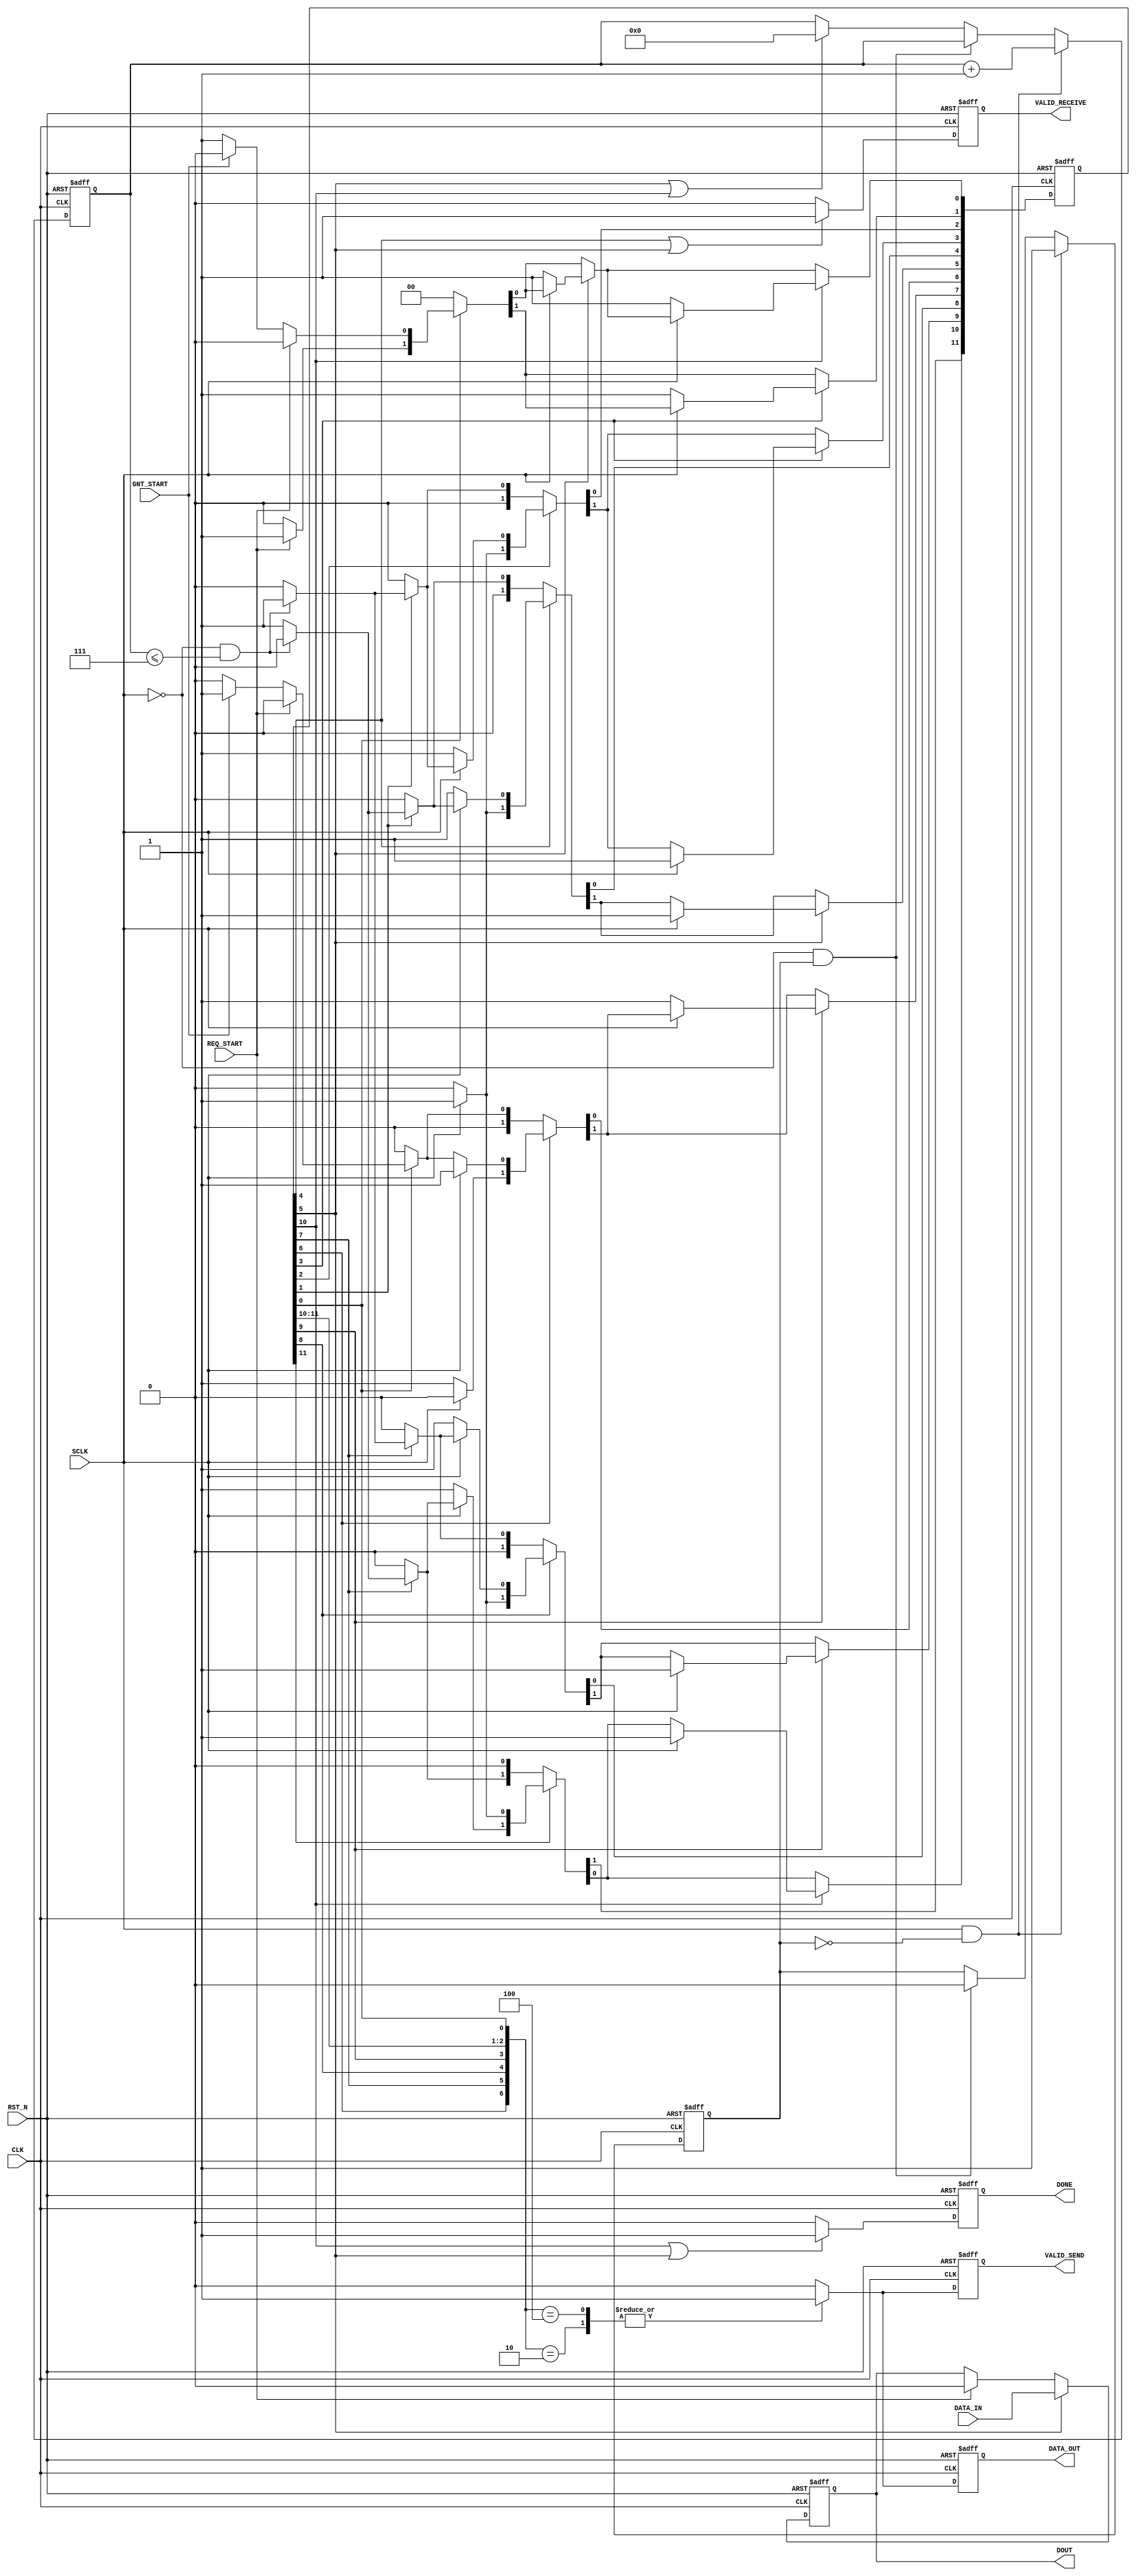
//#######################################################################
//#
//#	Copyright 	Earth People Technology Inc. 2014
//#
//#
//# File Name:  i2c_ack_model.v
//# Author:     Earth People Technology
//# Date:       December 20, 2014
//# Revision:   A
//#
//# Development: EPT I2C Slave Project 
//# Application: Altera Cyclone IV FPGA
//# Description: This file contains verilog code which will allow access
//#              to Active Transfer Library. 
//#               
//#              
//#
//#************************************************************************
//#
//# Revision History:	
//#			DATE		VERSION		DETAILS		
//#			12/20/14 	1			Created
//#
//#									
//#
//#######################################################################
//`include "fpga_defs.v"

`resetall
`timescale 1ns/10ps
module i2c_ack_model
  (
    input  wire                 CLK,
    input  wire                 RST_N,

    input  wire                 GNT_START,
    input  wire                 REQ_START,
	output  reg                 VALID_SEND,
	output  reg                 VALID_RECEIVE,
 
    input  wire                 DATA_IN,
    output  reg                 DOUT,
    output  reg                 DATA_OUT,
    output  reg                 DONE,
    input   wire                SCLK 
   
	
   );

   //----------------------------------------------
   // Parameter Declarations
   //----------------------------------------------
   parameter 	IDLE                     = 0,
			RECEIVE_ACK			         = 1,
			RECEIVE_ACK_LO               = 2,
			RECEIVE_ACK_HI               = 3,
			READ_ACK                     = 4,
			RECEIVE_ACK_COMPLETE         = 5,
			SEND_ACK                     = 6,
			WRITE_ACK                    = 7,
			SEND_ACK_LO                  = 8,
			SEND_ACK_HI                  = 9,
			SEND_ACK_COMPLETE            = 10,
			SEND_ACK_DELAY               = 11;
   
   //------------------------------------------------
   // Wire and Register Declarations                
   //------------------------------------------------
	reg	[4:0]					bit_count;
	reg                         bit_count_reg;
  
	reg	[11:0]					state, next;

	// sclk_reg to determine value of the output SCLK
	wire	[11:0]				sclk_reg;

	// sdata_reg_reg to determine value of the output DATA_OUT
	wire	[11:0]				sdata_reg;
   

`ifdef SIM
   reg [8*20:1] state_name;
`endif

   //------------------------------------------------
   //	Assignments   
   //------------------------------------------------

	assign	sdata_reg = {state[SEND_ACK] , state[WRITE_ACK] , state[SEND_ACK_LO] , 
	                     state[SEND_ACK_HI] , state[SEND_ACK_DELAY] , state[SEND_ACK_COMPLETE] ,
						 state[IDLE]};

   //------------------------------------------------
   // Create a DATA_OUT output that goes low when 
   // when the ack unit is accessed. Otherwise,
   // DATA_OUT signal to a high.
   //------------------------------------------------
	always @(posedge CLK or negedge RST_N)
 	begin
		if (!RST_N)
		begin
			DATA_OUT <= 1'b0;
			VALID_SEND <= 1'b0;
        end
		else
		begin
			case ( sdata_reg )
			12'b000000000001:
			begin
				DATA_OUT <= 1'b0; //state[IDLE]
			    VALID_SEND <= 1'b0;
		    end
			12'b000000000010:
			begin
				DATA_OUT <= 1'b1;//state[SEND_ACK_COMPLETE] 
			    VALID_SEND <= 1'b1;
		    end
			12'b000000000100:
			begin
				DATA_OUT <= 1'b1;//state[SEND_ACK_DELAY] 
			    VALID_SEND <= 1'b1;
		    end
			12'b000100000000:
			begin
				DATA_OUT <= 1'b0;//state[SEND_ACK_HI] 
			    VALID_SEND <= 1'b0;
		    end
			12'b001000000000:
			begin
				DATA_OUT <= 1'b0;//state[SEND_ACK_LO] 
			    VALID_SEND <= 1'b0;
		    end
			12'b010000000000:
			begin
				DATA_OUT <= 1'b0;//state[WRITE_ACK] , 
			    VALID_SEND <= 1'b0;
		    end
			12'b100000000000:
			begin
				DATA_OUT <= 1'b0;//state[SEND_ACK] 
			    VALID_SEND <= 1'b0;
		    end
			default: 
			begin
				DATA_OUT <= 1'b0;//
			    VALID_SEND <= 1'b0;
		    end
			endcase
		end
	end // always @ (posedge CLK or negedge RST_N)

   //------------------------------------------------
   // VALID_REVEIVE register to indicate when the ack
   // unit is checking the received ack bit
   //------------------------------------------------
	always @(posedge CLK or negedge RST_N)
	begin
		if (!RST_N)
			VALID_RECEIVE <= 0;
	else
	begin
		if ( state[READ_ACK] || state[RECEIVE_ACK_COMPLETE] )
			VALID_RECEIVE <= 1;
	  else
	     VALID_RECEIVE <= 0;
	end
	end // always @ (posedge CLK or negedge RST_N)

	
   //------------------------------------------------
   // Create a DONE Signal when the byte has been transmitted
   //------------------------------------------------
	always @(posedge CLK or negedge RST_N)
	begin
		if (!RST_N)
			DONE <= 0;
	else
	begin
		if ( state[SEND_ACK_COMPLETE] || state[RECEIVE_ACK_COMPLETE] )
			DONE <= 1;
	  else
	     DONE <= 0;
	end
	end // always @ (posedge CLK or negedge RST_N)

   //------------------------------------------------
   // Increment the bit_count. Maintains the number of bits sent
   // on the assertion of SCLK
   //------------------------------------------------
   always @(posedge CLK or negedge RST_N)
     begin
	if (!RST_N)
	begin
       bit_count <= 0;
       bit_count_reg <= 1'b0;
	end
	else
	  begin
	     if(SCLK & !bit_count_reg)
		 begin
	       bit_count <= bit_count + 1;
		   bit_count_reg <= 1'b1;
		 end
	     else if(!SCLK & bit_count_reg)
		   bit_count_reg <= 1'b0;
		 else if(state[RECEIVE_ACK_COMPLETE] | state[SEND_ACK_COMPLETE])
	       bit_count <= 0;
	  end
     end 
  
   //------------------------------------------------
   // Read Ack Bit
   //------------------------------------------------
   always @(posedge CLK or negedge RST_N)
     begin
	if (!RST_N)
	  DOUT <= 1'b0;
	else
	  begin
	     if ( state[RECEIVE_ACK_COMPLETE] )
	       begin
             DOUT <= DATA_IN;
	       end
	     else if(REQ_START)
	       DOUT <= 1'b0;
	  end // else: !if(!RST_N)
     end // always @ (posedge CLK or negedge RST_N)     
	  
//--------------------------------------------------
// Finite State Machine
//
//parameter 	IDLE                     = 0,
//			RECEIVE_ACK                  = 1,
//			RECEIVE_ACK_LO               = 2,
//			RECEIVE_ACK_HI               = 3,
//			READ_ACK                     = 4,
//			RECEIVE_ACK_COMPLETE         = 5,
//			SEND_ACK                     = 6,
//			WRITE_ACK                    = 7,
//			SEND_ACK_LO                  = 8,
//			SEND_ACK_HI                  = 9,
//			SEND_ACK_COMPLETE            = 10;
//
//--------------------------------------------------  
// Next State Logic
   always @(posedge CLK or negedge RST_N)
     begin
	if (!RST_N)
	  begin
	     state <= 7'h00;
	     state[IDLE] <= 1'b1;
	  end
	else
	  state <= next;
     end

   always @ ( bit_count or DATA_IN or state or
			GNT_START or REQ_START or SCLK)
     begin
	next = 7'h00;

	if (state[IDLE])
	  begin
		if ( REQ_START )
			next[RECEIVE_ACK] = 1'b1;
		else if ( GNT_START )
			next[SEND_ACK] = 1'b1;
		else
			next[IDLE] = 1'b1;
	  end

	if (state[RECEIVE_ACK])
	begin
	   if(!SCLK & (bit_count <= 8'h7))
	      next[RECEIVE_ACK_LO] = 1'b1;
       else
	      next[READ_ACK] = 1'b1;
	end

	if (state[RECEIVE_ACK_LO])
	begin
	   if(SCLK)
          next[RECEIVE_ACK_HI] = 1'b1;	
       else
	      next[RECEIVE_ACK_LO] = 1'b1;
	end

	if (state[RECEIVE_ACK_HI])
	begin
	   if(!SCLK)
	       next[RECEIVE_ACK] = 1'b1;
       else
	      next[RECEIVE_ACK_HI] = 1'b1;
	end
 
	if (state[READ_ACK])
	begin
		if (SCLK)
			next[RECEIVE_ACK_COMPLETE] = 1'b1;
	     else
			next[READ_ACK] = 1'b1;
	end

	if (state[RECEIVE_ACK_COMPLETE]) 
	begin
		if (!SCLK)
            next[IDLE] = 1'b1;
	     else
			next[RECEIVE_ACK_COMPLETE] = 1'b1;
	end

	if (state[SEND_ACK])
	begin
	   if(!SCLK)
          next[WRITE_ACK] = 1'b1;
       else
          next[SEND_ACK] = 1'b1;
	end

	if (state[WRITE_ACK])
	begin
	   if(!SCLK & (bit_count <= 8'h7))
          next[SEND_ACK_LO] = 1'b1;	
       else
	      next[SEND_ACK_DELAY] = 1'b1;
	end

	if (state[SEND_ACK_LO])
	begin
	   if(SCLK)
          next[SEND_ACK_HI] = 1'b1;	
       else
          next[SEND_ACK_LO] = 1'b1;
	end

	if (state[SEND_ACK_HI])
	begin
	   if(!SCLK)
          next[WRITE_ACK] = 1'b1;	
       else
          next[SEND_ACK_HI] = 1'b1;
	end

	if (state[SEND_ACK_DELAY])
	begin
		if(SCLK)
			next[SEND_ACK_COMPLETE] = 1'b1;
		else
			next[SEND_ACK_DELAY] = 1'b1;			
	end
	
	if (state[SEND_ACK_COMPLETE])
	begin
		if( !SCLK)
			next[IDLE] = 1'b1;
		else
			next[SEND_ACK_COMPLETE] = 1'b1;			
	end


`ifdef SIM
	if (state == (1 << IDLE))
	  state_name = "IDLE";
	else if (state == (1 << RECEIVE_ACK))
	  state_name = "RECEIVE_ACK";
	else if (state == (1 << RECEIVE_ACK_LO))
	  state_name = "RECEIVE_ACK_LO";
	else if (state == (1 << RECEIVE_ACK_HI))
	  state_name = "RECEIVE_ACK_HI";
	else if (state == (1 << READ_ACK))
	  state_name = "READ_ACK";
	else if (state == (1 << RECEIVE_ACK_COMPLETE))
	  state_name = "RECEIVE_ACK_COMPLETE";	
	else if (state == (1 << SEND_ACK))
	  state_name = "SEND_ACK";	
	else if (state == (1 << WRITE_ACK))
	  state_name = "WRITE_ACK";
	else if (state == (1 << SEND_ACK_LO))
	  state_name = "SEND_ACK_LO";	
	else if (state == (1 << SEND_ACK_HI))
	  state_name = "SEND_ACK_HI";	
	else if (state == (1 << SEND_ACK_DELAY))
	  state_name = "SEND_ACK_DELAY";	
	else if (state == (1 << SEND_ACK_COMPLETE))
	  state_name = "SEND_ACK_COMPLETE";	
`endif
     end // always @ (...

   
endmodule